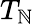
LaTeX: T_{\mathbb{N}}